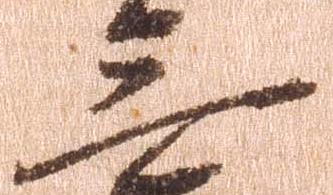
三